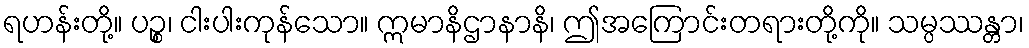
ရဟန်းတို့။ ပဉ္စ၊ ငါးပါးကုန်သော။ ဣမာနိဌာနာနိ၊ ဤအကြောင်းတရားတို့ကို။ သမ္ပဿန္တာ၊